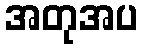
အတုအပ